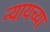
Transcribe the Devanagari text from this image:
न्यायच्या